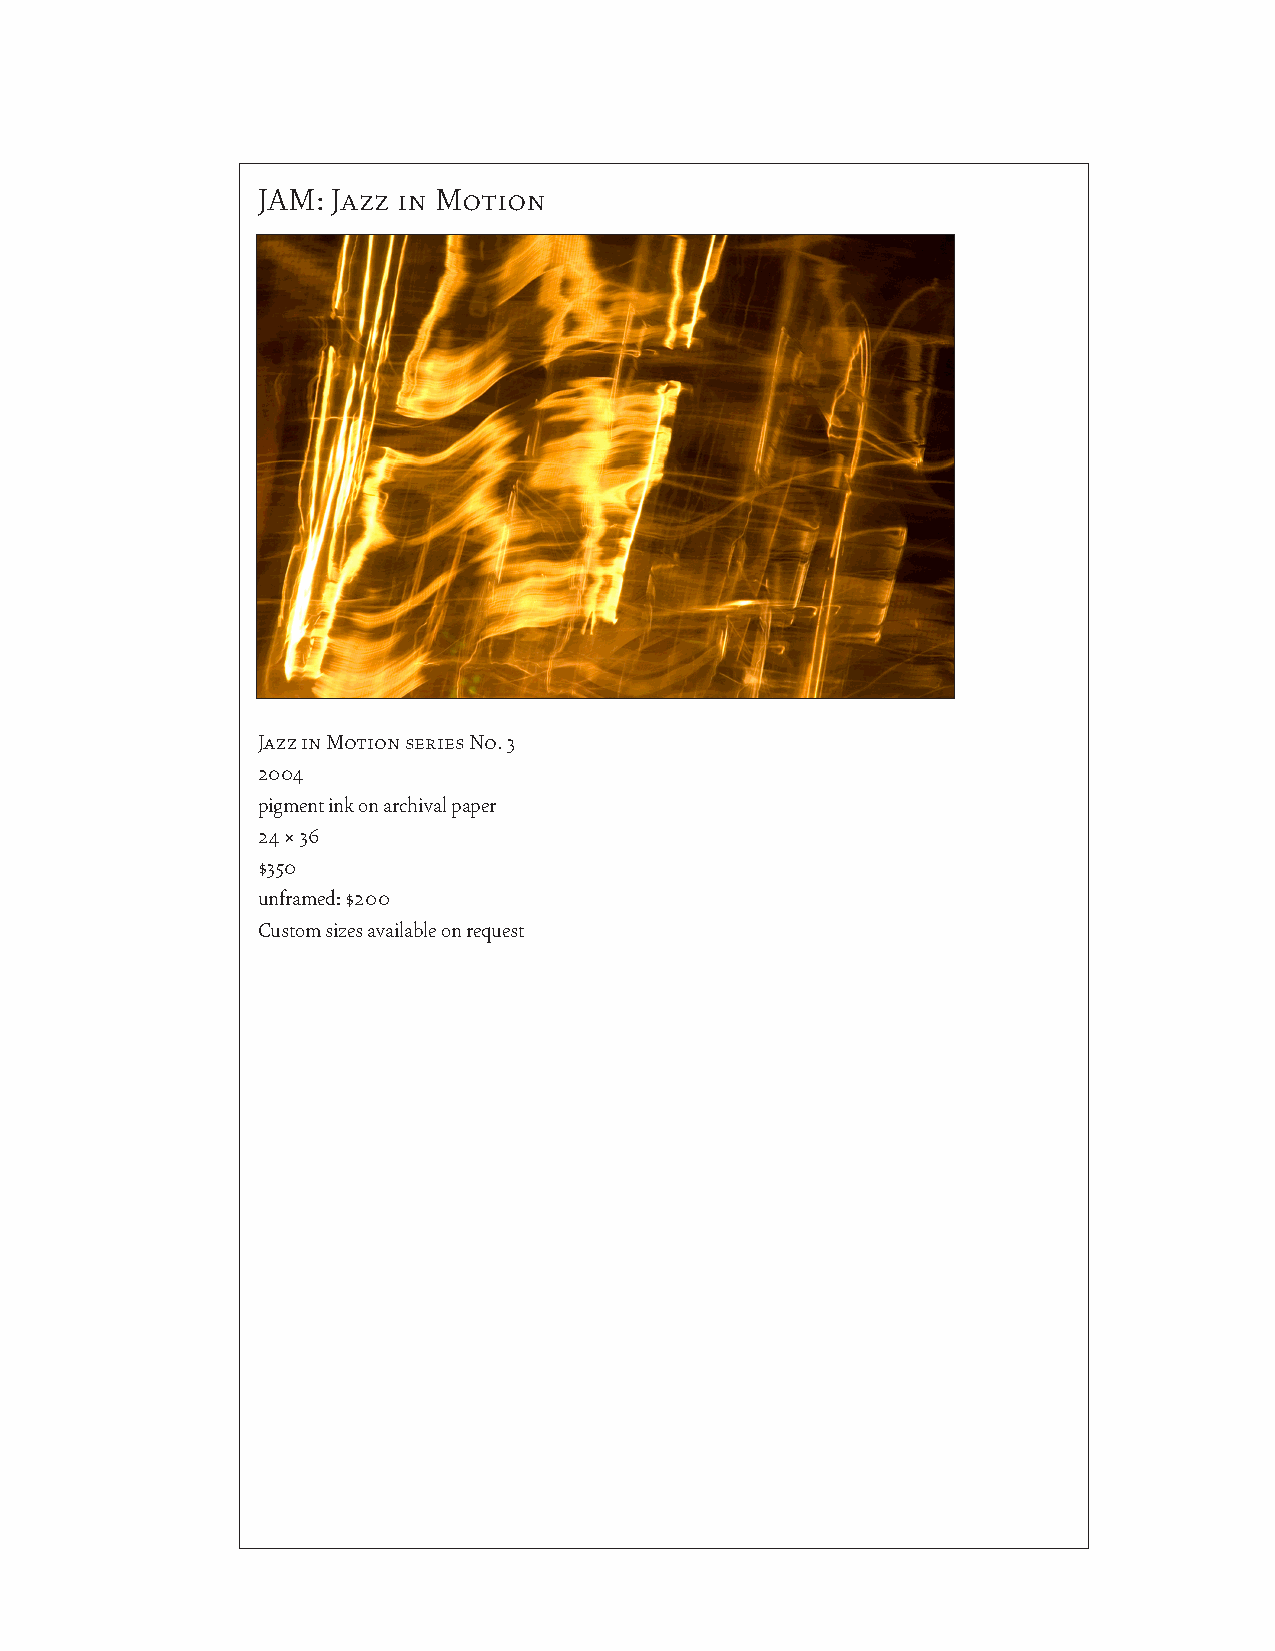
JAM: Jazz in Motion
 Jazz in Motion series No. 3
 2004
 pigment ink on archival paper
 24 × 36
 $350
 unframed: $200
 Custom sizes available on request